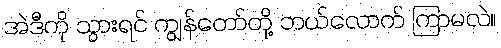
အဲဒီကို သွားရင် ကျွန်တော်တို့ ဘယ်လောက် ကြာမလဲ။